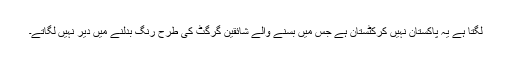
لگتا ہے یہ پاکستان نہیں کرکٹستان ہے جس میں بسنے والے شائقین گرگٹ کی طرح رنگ بدلنے میں دیر نہیں لگاتے۔